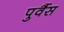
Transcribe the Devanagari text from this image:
पुर्वैस